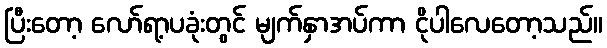
ပြီးတော့ လော်ရာ့ပခုံးတွင် မျက်နှာအပ်ကာ ငိုပါလေတော့သည်။